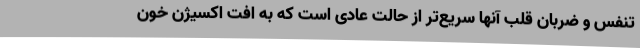
تنفس و ضربان قلب آنها سریع‌تر از حالت عادی است که به افت اکسیژن خون